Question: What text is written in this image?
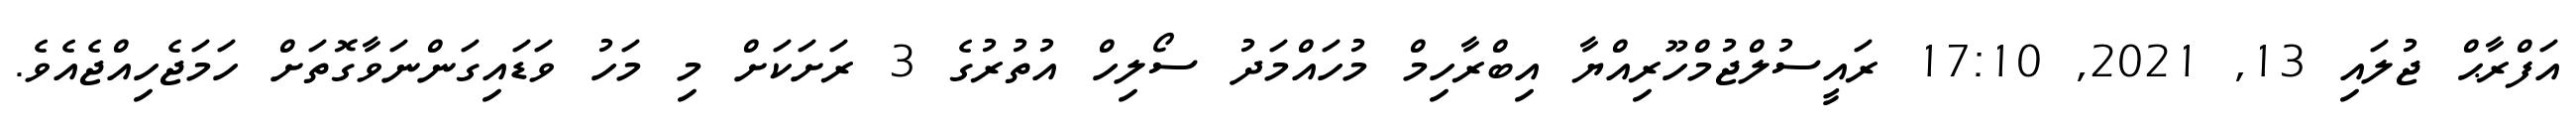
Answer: އަފްރާޙް ޖުލައި 13, 2021, 17:10 ރައީސުލްޖުމްހޫރިއްޔާ އިބްރާހިމް މުހައްމަދު ސޯލިހް އުތުރުގެ 3 ރަށަކަށް މި މަހު ވަޑައިގަންނަވާގޮތަށް ހަމަޖެހިއްޖެއެވެ.